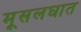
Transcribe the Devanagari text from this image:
मूसलघात